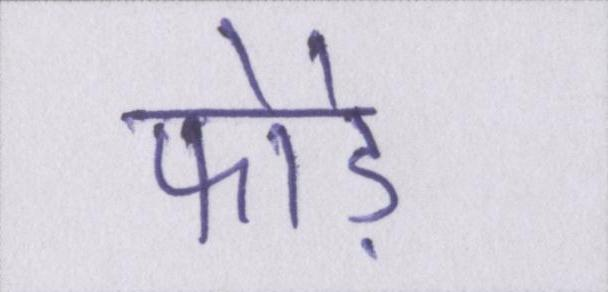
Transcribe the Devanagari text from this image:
फोड़े